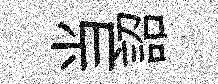
当詔